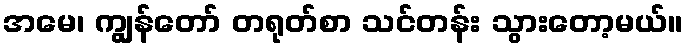
အမေ၊ ကျွန်တော် တရုတ်စာ သင်တန်း သွားတော့မယ်။